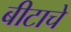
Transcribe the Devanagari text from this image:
बीटाचे